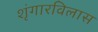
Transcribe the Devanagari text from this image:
शृंगारविलास